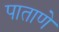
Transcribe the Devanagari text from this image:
पाताणे